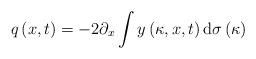
LaTeX: \begin{align*}q\left( x,t\right) =-2\partial_{x}\int y\left( \kappa,x,t\right)\mathrm{d}\sigma\left( \kappa\right) \end{align*}